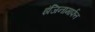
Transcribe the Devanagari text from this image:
इंजिनामार्फत